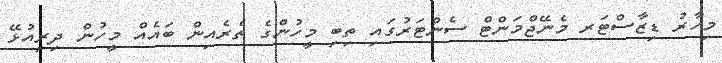
މިހާރު ޑިޒާސްޓަރ މެނޭޖްމަންޓް ސެންޓަރުގައި ތިބި މީހުންގެ ތެރެއިން ބައެއް މީހުން ދިރިއުޅޭ